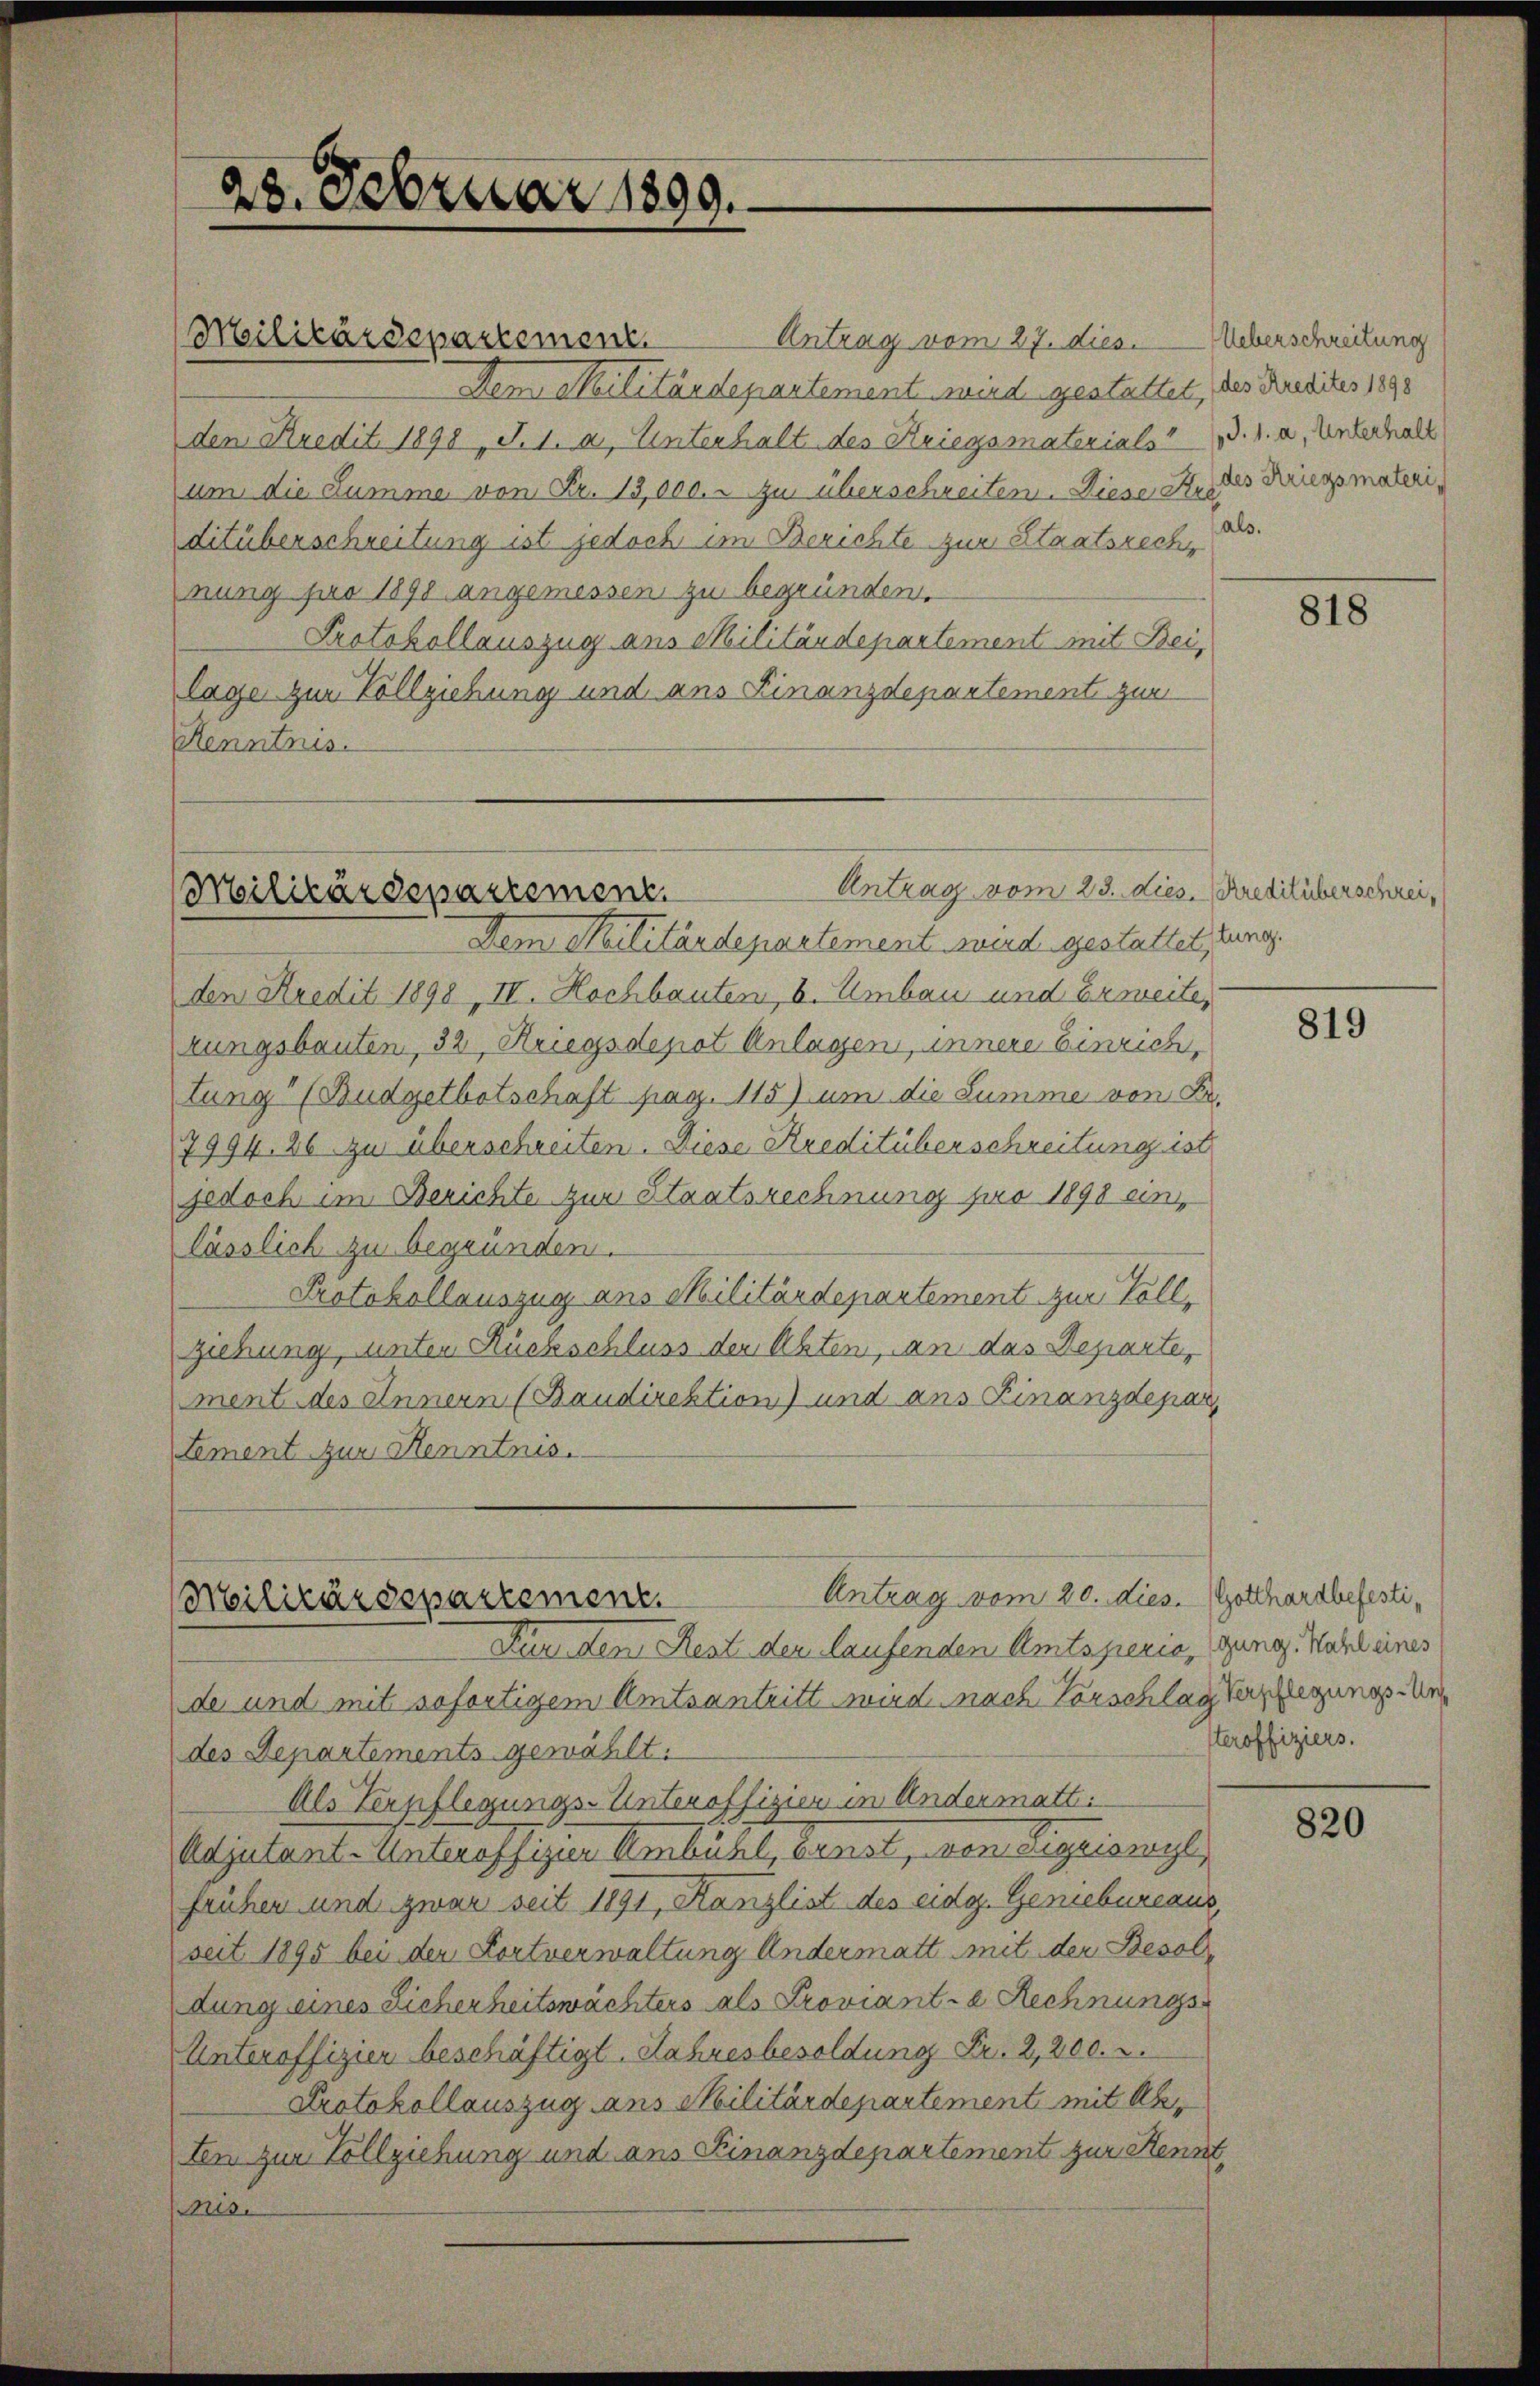
28. Februar 1899.

Antrag vom 27. dies
Dem Militärdepartement wird gestattet, das Dedictes 1890
den Kredit 1890, S. 1. 2. Unterhalt des Kriegsmaterials d. h. a. Unterhalt
um die Summe von Fr. 13,000.- zu überschreiten. Diese Er des Kriegsmateriditüberschreitung ist jedoch im Berichte zur Staatsreche
nung pro 1890 angemessen zu begründen.
Protokollauszug aus Militärdepartement mit Beilage zur Vollziehung und ans Finanzdepartement zur
Kenntnis.

Militärdepartement

Antrag vom 25. dies. Krediliberschrei¬
Militärdepartement.

Dem Militärdepartement wird gestattet, tung.
den Kredit 1898, II. Hochbauten, u. Umbau und Erweite,
rungsbauten, 32, Kriegsdepot Anlassen, innere Einrich,
tung“ (Budgetbotschaft pag. 115) um die Summe von Fr.
7994. 26 zu überschreiten. Diese Kreditüberschreitung ist
jedoch im Berichte zur Staatsrechnung pro 1898 ein
lässlich zu begründen.
Protokollauszug aus Militärdepartement zur Vollziehung, unter Rückschluss der Akten, an das Departe,
ment des Innern (Baudirektion) und ans Finanzdepar
Lement zur Kenntnis.

Antrag vom 20. dies. Gotthardbefesti¬
Militärdepartement.
Kunden Rest der laufenden Amtsperio, (gung. Wahl eines

de und mit sofortigem Amtsantritt wird nach Vorschlag Verpflegungs-Redes Departements gewählt.
Als Verpflegungs-Unteroffizier in Andermatt.
Adjutant-Unteroffizier Umbühl, Brust, von eigeiswyl,
frühen und zwar seit 1891, Kanzlist des eidg. Geniebureaus,
seit 1895 bei der Fortverwaltung Andermatt mit der Besoldung eines Sicherheitswächters als Proviante Rechnungs
Unteroffizier beschäftigt. Jahresbesoldung Fr. 2,200.
Protokollauszug aus Militärdepartement mit Ab¬
Len zur Vollziehung und aus Finanzdepartement zur Kennt,
Mis

Ueberschreitung
als.

818

819

teroffiziers.

820